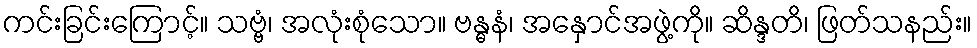
ကင်းခြင်းကြောင့်။ သဗ္ဗံ၊ အလုံးစုံသော။ ဗန္ဓနံ၊ အနှောင်အဖွဲ့ကို။ ဆိန္ဒတိ၊ ဖြတ်သနည်း။